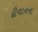
દીવાનના